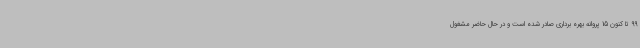
99 تا کنون 15 پروانه بهره برداری صادر شده است و در حال حاضر مشغول